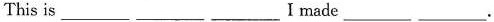
This is___ ___ ___I made___ ___.